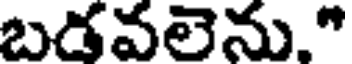
బడవలెను."